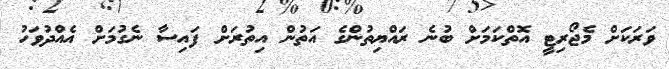
ވަރަކަށް މެޖޯރިޓީ އޮތްކަމަށް ބުނެ ރައްޔިތުންގެ އަތުން އިތުރަށް ފައިސާ ނެގުމަށް އެއްދުވަހު